Annual report of the Punjab Veterinary College and of the Civil Veterinary Department, Punjab - 1926-1932
Year: 1926
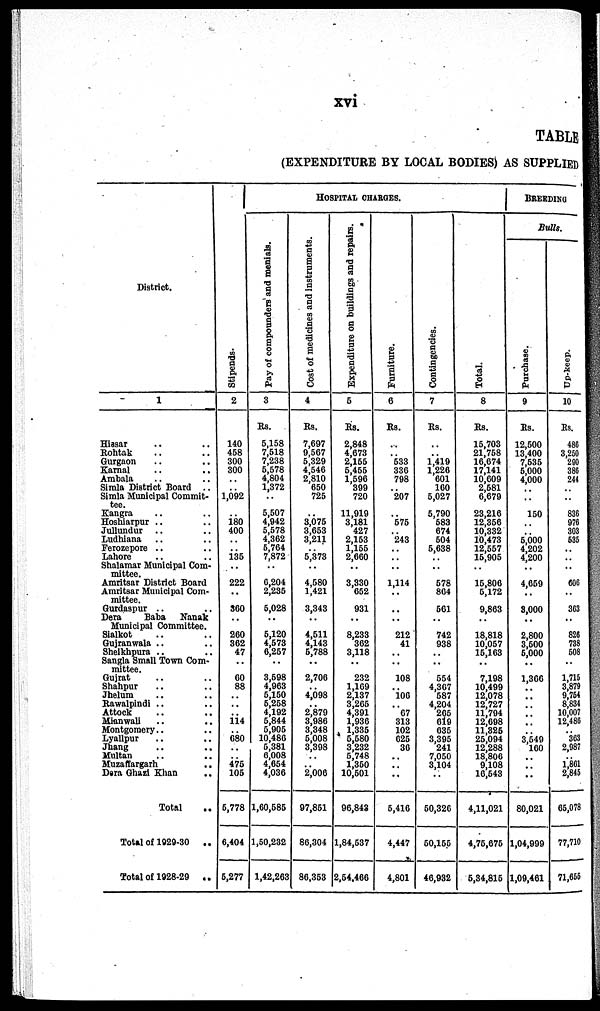
xvi
TABLE
(EXPENDITURE BY LOCAL BODIES) AS SUPPLIED
District.
1
Hissar .. .. .. ..
Rohtak .. .. ..
Gurgaon .. .. ..
Karnal .. .. .. ..
Ambala .. .. .. ..
Simla District Board ..
Simla Municipal Commit-
tee
Kangra .. .. ..
Hoshiarpur .. .. ..
Jullundur .. .. .. ..
Ludhiana .. .. .. ..
Ferozepore .. .. .. ..
Lahore .. .. .. ..
Shalamar Municipal Com-
mittee.
Amritsar District Board
Amritsar Municipal Com-
mittee.
Gurdaspur .. ..
Dera
Baba
Nanak
Municipal Committee.
Sialkot .. .. .. ..
Gujranwala .. .. .. ..
Shelkhpura .. .. .. .. ..
Sangla Small Town Com-
mittee.
Gujrat .. .. ..
Shahpur .. .. ..
Jhelum .. .. ..
Rawalpindi
Attock .. .. ..
Mianwali .. .. ..
Montgomery
Lyallpur .. .. .. ..
Jhang .. .. ..
Multan .. .. .. ..
Muzaffargarh
.. ..
Dera Ghazi Khan ..
Total ..
Total of 1020-30
..
Total of 1028-29
..
Stipends.
2
140
458
300
300
..
.. 1,092
..
180
400
..
.. 136
..
.. 222
..
360
..
260
362
47
..
60
88
..
..
.. 114
.. 680
..
.. 475
105
5,778
6,404
5,277
HOSPITAL CHARGES
Pay of compounders and menials.
3
Rs.
5,158
7,518
7,238
5,578
4,804
1,372
..
5,507
4,942
5,578
4,362
5,764
7,872
..
6,204
2,235
5,028
..
6,120
4,573
6,267
..
3,598
4,963
6,160
6,268
4,192
6,844
5,905
10,486
5,381
6,008
4,654
4,036
1,60,585
1,50,232
1,42,263
Cost of medicines and instruments.
4
Rs.
7,697
9,567
5,329
4,546
2,810
650
725
..
3,076
3,653
3,211
5,373
..
4,580
1,421
3,343
..
4,511
4,143
6,788
..
2,706
4,098
2,879
3,986
3,348
6,008
3,308
..
.. 2,006
97,851
86,304
86,363
Expenditure on buildings and repairs.
5
Rs.
2,848
4,673
2,155
6,466
1,696
399
720
11,919
3,181
427
2,163
1,155
2,660
..
3,330
652
931
..
8,233
362
3,118
..
232
1,169
2,187
3,266
4,391
1,936
1,335
5,580
3,232
6,748
1,360
10,601
96,842
1,84,637
2,64,466
Furniture.
6
Rs.
..
.. 533
336
798
207
..
575
.. 243
..
..
..
1,114
..
..
..
..
212
41
..
108
.. 106
..
67
313
102
625
30
..
..
..
5,416
4,447
4,801
Contingencies.
7
Rs.
..
.. 1,419
1,226
601
100
5,027
5,790
583
674
504
6,638
..
678
804
561
..
742
938
..
654
4,307
687
4,204
206
019
635
3,395
241
7,050
3,104
..
50,326
50,155
46,932
Tot al .
8
Rs.
15,703
21,758
16,674
17,141
10,009
2,581
0,679
23,216
12,356
10,332
10,473
12,567
16,906
..
15,806
6,172
9,863
..
.. 18,818
10,067
16,163
..
7,198
10,499
12,078
12,727
11,794
12,698
11,826
25,094
12,288
18,806
9,108
16,543
4,11,021
4,76,676
5,34,815
BREEDING
Bulls.
Purchase.
9
Rs.
12,600
13,400
7,535
6,000
4,000
..
..
150
..
.. 6,000
4,202
4,200
..
4,659
8,000
..
2,800
3,600
5,000
..
1,366
..
..
..
..
..
3,549
160
..
..
..
80,021
1,04,999
1,00,461
Up-keep.
10
Rs.
486
3,250
290
386
244
..
..
836
976
303
636
..
..
..
.. 606
..
363
..
826
738
508
..
1,715
3,879
9,764
8,834
10,007
12,486
363
2,987
1,801
2,845
65,078
77,710
71,655